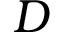
D